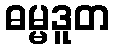
ဓမ္မဒူတ